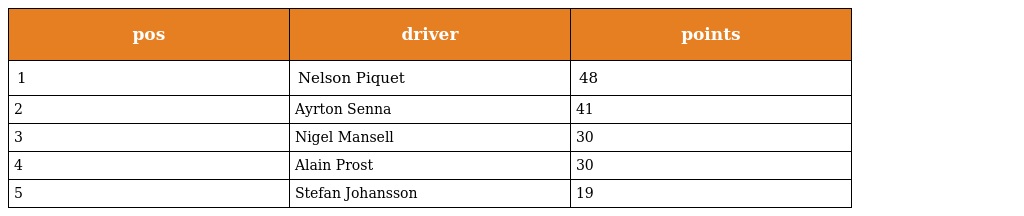
| pos | driver | points |
 | --- | --- | --- |
 | 1 | Nelson Piquet | 48 |
 | 2 | Ayrton Senna | 41 |
 | 3 | Nigel Mansell | 30 |
 | 4 | Alain Prost | 30 |
 | 5 | Stefan Johansson | 19 |